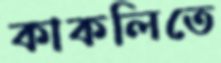
কাকলিতে